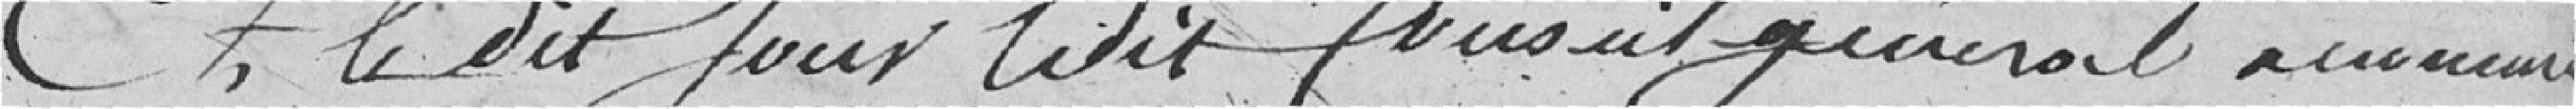
Et le dit Jour ledit Conseil Général assesseur